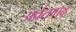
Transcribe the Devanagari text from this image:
अर्वतगढ़